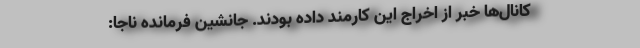
کانال‌ها خبر از اخراج این کارمند داده بودند. جانشین فرمانده ناجا: